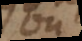
ou